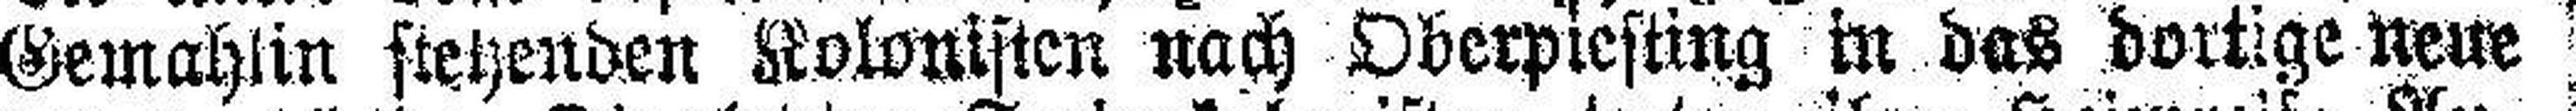
Gemahlin steyenden Kolonisten nach Oberpiesting in das dortige neue